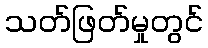
သတ်ဖြတ်မှုတွင်